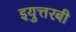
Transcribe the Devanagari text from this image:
इयुत्तरबी